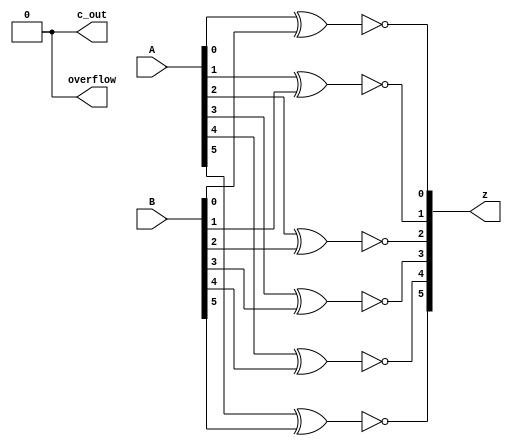
`timescale 1ns / 1ps
//////////////////////////////////////////////////////////////////////////////////
// Company: 
// Engineer: 
// 
// Design Name: 
// Module Name: XNOR
// Project Name: 
// Target Devices: 
// Tool Versions: 
// Description: 
// 
// Dependencies: 
// 
// Revision:
// Revision 0.01 - File Created
// Additional Comments:
// 
//////////////////////////////////////////////////////////////////////////////////


module XNOR(
input wire[5:0] A,B, // Our two main inputs
output wire[5:0] z,  // Main output
output wire overflow,// Overflow flag
output wire c_out // Carry flag

    );
    
    // Bitwise XNOR of A and B
    assign z[0] = ~(A[0]^B[0]);
    assign z[1] = ~(A[1]^B[1]);
    assign z[2] = ~(A[2]^B[2]);
    assign z[3] = ~(A[3]^B[3]);
    assign z[4] = ~(A[4]^B[4]);
    assign z[5] = ~(A[5]^B[5]);
    
    // These parameters are irrelevant to this module, ie there is no need to raise these flags
    assign overflow = 0;
    assign c_out = 0;
    
 
    
   
endmodule